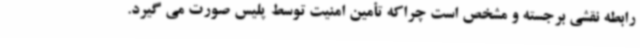
رابطه نقشی برجسته و مشخص است چراکه تأمین امنیت توسط پلیس صورت می گیرد.